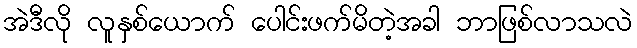
အဲဒီလို လူနှစ်ယောက် ပေါင်းဖက်မိတဲ့အခါ ဘာဖြစ်လာသလဲ